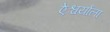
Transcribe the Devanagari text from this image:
ऐश्वर्याला